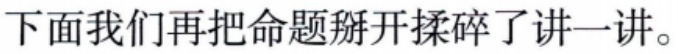
下面我们再把命题掰开揉碎了讲一讲。